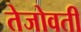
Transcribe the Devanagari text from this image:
तेजोवती